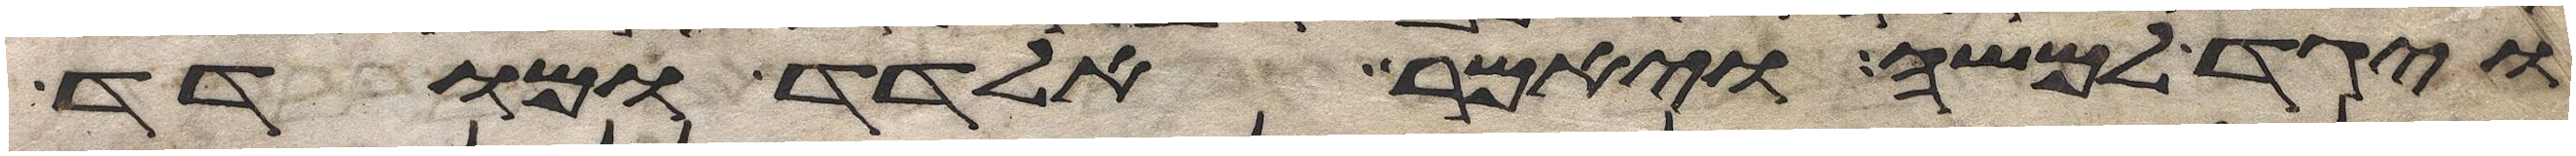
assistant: ויגד למשה ויאמר אלדד ומודד